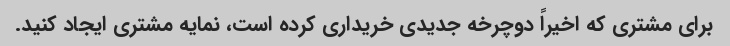
برای مشتری که اخیراً دوچرخه جدیدی خریداری کرده است، نمایه مشتری ایجاد کنید.